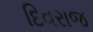
દિવરાજ